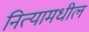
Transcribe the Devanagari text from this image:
नित्यामधील